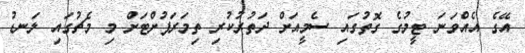
އޭގެ އެއްވަނަ ޓީމުގެ ގޮތުގައި ސެމީއަށް ދަތުރުކުރި ތިމަރަފުށްޓަށް މި މެޗުގައި ލަނޑު